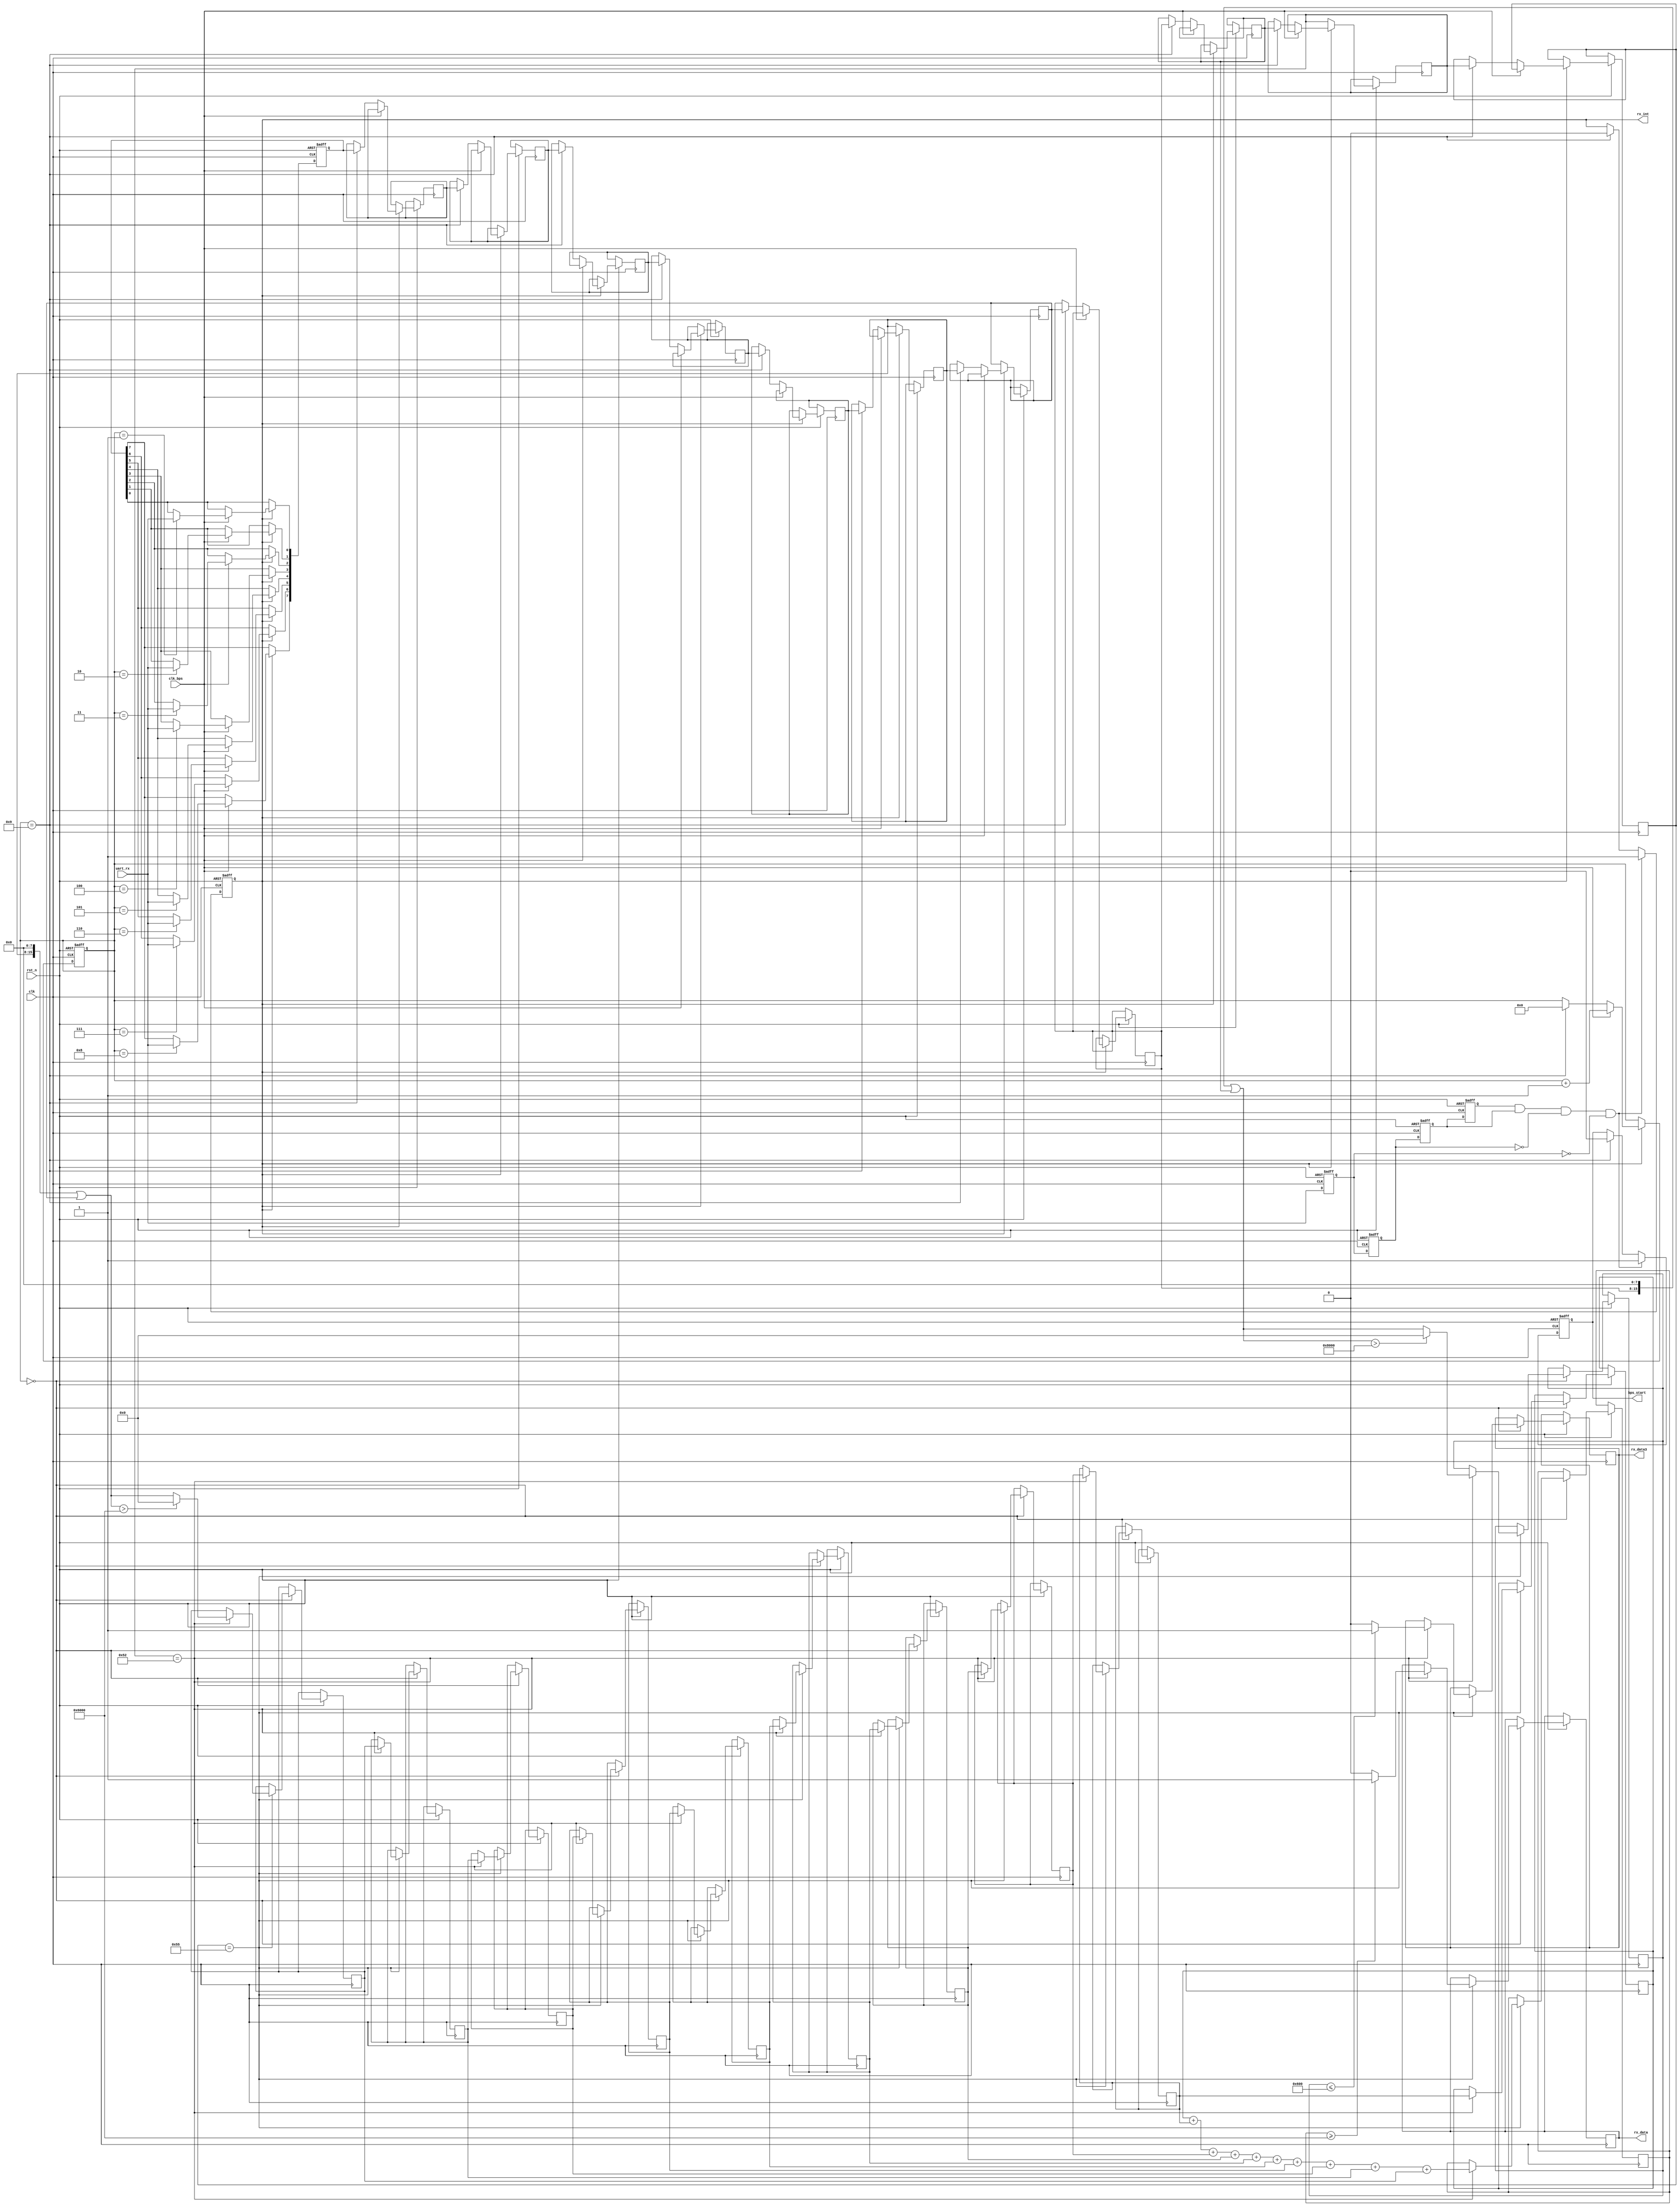
module my_uart_rx
(
	input			clk,		//25MHzʱ
	input			rst_n,		//͵ƽλź
	input			uart_rx,	//ź
	output	    	rx_data,	//ݼĴֱһ
	output			rx_int,		//жź,յڼʼΪߵƽ
	input			clk_bps,	//clk_bpsĸߵƽΪջ߷λм
	output			bps_start,	//յݺ󣬲ʱźλ
	output          rx_data3
	//input			uart_rx_2,	//ź2
	//input			clk_bps_2,	//clk_bpsĸߵƽΪջ߷λм
	//output			bps_start_2	//յݺ󣬲ʱźλ
	
	
	);
	


//----------------------------------------------------------------
reg		uart_rx0,uart_rx1,uart_rx2,uart_rx3;	//ݼĴ

wire	neg_uart_rx;						
reg    [7:0] rx_data_11 [11:0];
reg    [7:0] rx_data_0,rx_data_1,rx_data_2,rx_data_3,rx_data_4,rx_data_5,rx_data_6,rx_data_7,rx_data_8,rx_data_9,rx_data_10;
reg    [7:0] count;
reg          T;
reg          G;
reg    [15:0] a_x,a_y,a_z,w_x,w_y,w_z,roll_x,pitch_y,yaw_z;
reg    [15:0] w_y1,w_y2,w_y3,w_y4,w_y5,w_y6,w_y7,w_y8,w_y9,w_y10;
reg    [15:0] w_z1,w_z2,w_z3,w_z4,w_z5,w_z6,w_z7,w_z8,w_z9,w_z10;
always @ (posedge clk or negedge rst_n)
begin 
	if(!rst_n) 
    begin
		uart_rx0 <= 1'b0;
		uart_rx1 <= 1'b0;
		uart_rx2 <= 1'b0;
		uart_rx3 <= 1'b0;
	end
	else 
    begin
		uart_rx0 <= uart_rx;
		uart_rx1 <= uart_rx0;
		uart_rx2 <= uart_rx1;
		uart_rx3 <= uart_rx2;
		
		//uart_rx0 <= uart_rx;//2
		//uart_rx_1 <= uart_rx_0;
		//uart_rx_2 <= uart_rx_1;
		//uart_rx_3 <= uart_rx_2;
	end
end

assign neg_uart_rx = uart_rx3 & uart_rx2 & ~uart_rx1 & ~uart_rx0;	//յ½غneg_uart_rxøһʱ
//assign neg_uart_rx_2 = uart_rx_3 & uart_rx_2 & ~uart_rx_1 & ~uart_rx_0;	//յ½غneg_uart_rx_2øһʱ
//----------------------------------------------------------------
reg 		bps_start_r;
reg	[3:0] 	num;	
reg 		rx_int;		//жź,յڼʼΪߵƽ

always @ (posedge clk or negedge rst_n)
begin
	if(!rst_n)  
    begin
		bps_start_r <= 1'bz;
		rx_int 		<= 1'b0;
	end
	else if(neg_uart_rx) 
    begin	                    //յڽuart_rx½ر־ź  
		bps_start_r <= 1'b1;	//׼ݽ   
		rx_int 		<= 1'b1;	//жźʹ
	end
	else if(num == 4'd9) 
    begin	                    //Ϣ
		bps_start_r <= 1'b0;	//ݽϣͷŲź
		rx_int 		<= 1'b0;	//жźŹر
	end
end

assign bps_start = bps_start_r;

//----------------------------------------------------------------
reg	[7:0]	rx_data_r;		//ڽݼĴ
reg	[7:0]	rx_temp_data;	//ǰݼĴ

always @ (posedge clk or negedge rst_n)
begin
	if(!rst_n) 
    begin
		rx_temp_data 	<= 8'd0;
		num 			<= 4'd0;
		rx_data_r 		<= 8'd0;
	end
	else if(rx_int) 
    begin	                //ݴ
		if(clk_bps) 
        begin	            	
			num <= num+1'b1;
			case (num)
				4'd1: rx_temp_data[0] <= uart_rx;	//0bit
				4'd2: rx_temp_data[1] <= uart_rx;	//1bit
				4'd3: rx_temp_data[2] <= uart_rx;	//2bit
				4'd4: rx_temp_data[3] <= uart_rx;	//3bit
				4'd5: rx_temp_data[4] <= uart_rx;	//4bit
				4'd6: rx_temp_data[5] <= uart_rx;	//5bit
				4'd7: rx_temp_data[6] <= uart_rx;	//6bit
				4'd8: rx_temp_data[7] <= uart_rx;	//7bit
				default: ;
			endcase
		end
		else if(num == 4'd9) 
        begin		
			num			<= 4'd0;			//յSTOPλ,num
			//rx_data_r	<= rx_temp_data;	
			rx_data_0   <=rx_temp_data;        //浽ݼĴrx_data_x
			rx_data_1   <=rx_data_0;
		    rx_data_2   <=rx_data_1;
			rx_data_3   <=rx_data_2;
			rx_data_4   <=rx_data_3;
			rx_data_5   <=rx_data_4;
			rx_data_6   <=rx_data_5;
			rx_data_7   <=rx_data_6;
			rx_data_8   <=rx_data_7;
			rx_data_9   <=rx_data_8;
			rx_data_10  <=rx_data_9;
			
			
		end
	end
end

//assign rx_data = rx_data_r;	



always @(posedge clk or negedge rst_n)
begin
 if(!rst_n)
      begin
  
      end
       
      else if(num == 4'd0)	
      begin
           if(rx_data_10==8'h55)
			  begin
		    
		  
		      case (rx_data_9)
		      8'h51:
		             begin
		            // a_x <= ((rx_data_7<<8)| rx_data_8);      //Xٶ
                    // a_y <= ((rx_data_5<<8)| rx_data_6);     //Yٶ
                    // a_z <= ((rx_data_3<<8)| rx_data_4);      //Zٶ
                    // T   <= rx_data_1;      //¶
                     end
		      8'h52:
		             begin
		           //  w_x <= ((rx_data_7<<8)| rx_data_8);      //Xٶ
		          ///////////////////////////////////////////////////////////////
                     //w_y <= ((rx_data_5)<<8|rx_data_6);      //Yٶ
                  if(((rx_data_5)<<8|rx_data_6)>16'h6000)w_y<=16'h0000;
                  else w_y<=((rx_data_5)<<8|rx_data_6);
                     w_y1 <=  w_y;
                     w_y2 <=  w_y1;
                     w_y3 <=  w_y2;
                     w_y4 <=  w_y3;
                     w_y5 <=  w_y4;
                     w_y6 <=  w_y5;  
                     w_y7 <=  w_y6;
                     w_y8 <=  w_y7;
                     w_y9 <=  w_y8;
                     w_y10<=  w_y9+w_y8+w_y7+w_y6+w_y5+w_y4+w_y3+w_y2+w_y1+w_y;
                     
                   if(w_y10>=16'h6000)T<=1'b1;
                    else T<=1'b0;
                    
                    ///////////////////////////////////////////////////
                  if(((rx_data_7)<<8|rx_data_8)>16'h8000)w_z<=16'h0000;//FFFF-((rx_data_7)<<8|rx_data_8);
                  else w_z<=((rx_data_7)<<8|rx_data_8);
                
                  
                  
                  w_z1<=w_z1+w_z;
                  
                if(w_z<=16'h0600) 
                    G<=1'b1;
                else G<=1'b0;
                  // begin                    
                    //   count<=count+8'h01  ;
                  
                    // if(count>=8'h20)
                     //   begin 
                     //   G<=8'h11;
                     ///   count<=8'h00;
                     //   end
                    // else G<=8'h00;                                        
                   
                    
                   // else count<=count;
                    // w_z <= ((rx_data_3<<8)| rx_data_4);      //Zٶ
                    // T   <= ((rx_data_1<<8)| rx_data_2);      //¶
                    end
          
              
		      8'h53:
		             begin
		             // roll_x <= ((rx_data_7<<8)| rx_data_8);      //X
                    // pitch_y <= ((rx_data_5<<8)| rx_data_6);      //YǶ
                    // yaw_z <= ((rx_data_3<<8)| rx_data_4);      //ZǶ
                    // T   <= ((rx_data_1<<8)| rx_data_2);      //¶
		
                      end
                      endcase
			  end
			   
	  end  
        
end
assign rx_data = T;//
assign rx_data3 = G;//ʯͷ
  
endmodule